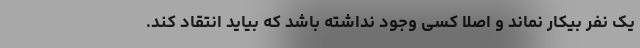
یک نفر بیکار نماند و اصلا کسی وجود نداشته باشد که بیاید انتقاد کند.